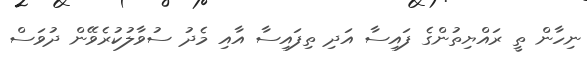
ނިހާން ތީ ރައްޔިތުންގެ ފައިސާ އަދި ތިފައިސާ އާއި މެދު ސުވާލުކުރެވޭން ދުވަސް